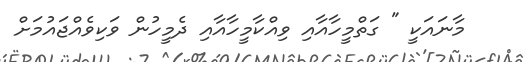
މާނައަކީ " ގަތްމީހާއާއި ވިއްކާމީހާއާއި ދެމީހުން ވަކިވެއްޖައުމަށް